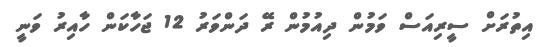
އިތުރަށް ސީރިއަސް ވަމުން ދިއުމުން ރޭ ދަންވަރު 12 ޖަހާކަން ހާއިރު ވަނީ